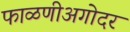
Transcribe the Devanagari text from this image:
फाळणीअगोदर